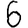
Digit: 6